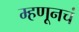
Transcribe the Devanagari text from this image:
म्हणूनचं